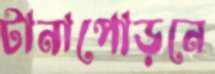
টানাপোড়নে